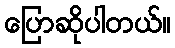
ပြောဆိုပါတယ်။